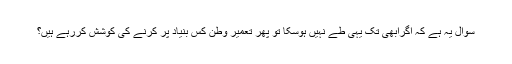
سوال یہ ہے کہ اگرابھی تک یہی طے نہیں ہوسکا تو پھر تعمیر وطن کس بنیاد پر کرنے کی کوشش کررہے ہیں؟